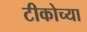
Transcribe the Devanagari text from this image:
टीकोच्या